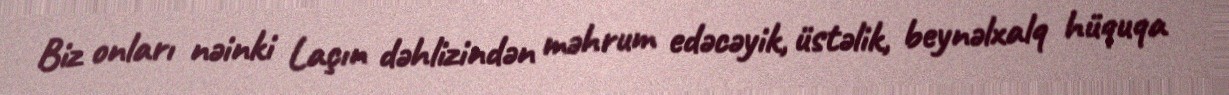
Biz onları nəinki Laçın dəhlizindən məhrum edəcəyik, üstəlik, beynəlxalq hüquqa